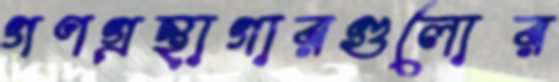
গণগ্রন্থাগারগুলোর